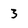
Character: 3